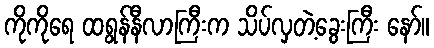
ကိုကိုရေ ထရွန်နီလာကြီးက သိပ်လှတဲ့ခွေးကြီး နော်။